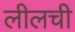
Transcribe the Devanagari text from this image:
लीलची